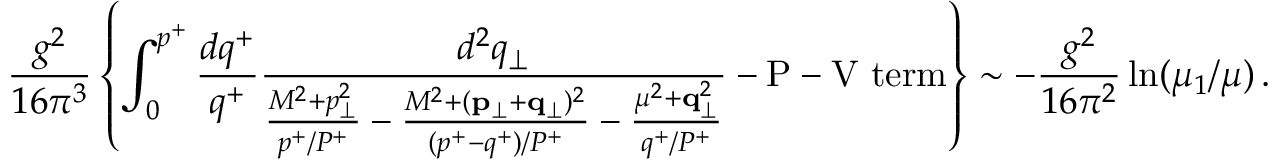
\frac { g ^ { 2 } } { 1 6 \pi ^ { 3 } } \left\{ \int _ { 0 } ^ { p ^ { + } } \frac { d q ^ { + } } { q ^ { + } } \frac { d ^ { 2 } q _ { \perp } } { \frac { M ^ { 2 } + p _ { \perp } ^ { 2 } } { p ^ { + } / P ^ { + } } - \frac { M ^ { 2 } + ( { \bf p } _ { \perp } + { \bf q } _ { \perp } ) ^ { 2 } } { ( p ^ { + } - q ^ { + } ) / P ^ { + } } - \frac { \mu ^ { 2 } + { \bf q } _ { \perp } ^ { 2 } } { q ^ { + } / P ^ { + } } } - \mathrm { P - V ~ t e r m } \right\} \sim - \frac { g ^ { 2 } } { 1 6 \pi ^ { 2 } } \ln ( \mu _ { 1 } / \mu ) \, .